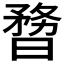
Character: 𣊃